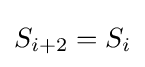
S_{i+2}=S_{i}